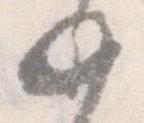
如